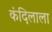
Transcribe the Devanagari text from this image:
कंदिलाला